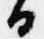
日